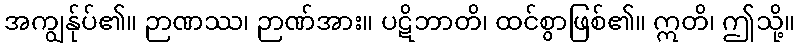
အကျွန်ုပ်၏။ ဉာဏဿ၊ ဉာဏ်အား။ ပဋိဘာတိ၊ ထင်စွာဖြစ်၏။ ဣတိ၊ ဤသို့။